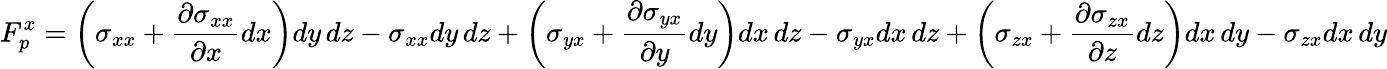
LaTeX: F_{p}^{x}=\left(\sigma_{xx}+{\frac{\partial\sigma_{xx}}{\partial x}}dx\right)dy\, dz-\sigma_{xx}dy\, dz+\left(\sigma_{yx}+{\frac{\partial\sigma_{yx}}{\partial y}}dy\right)dx\, dz-\sigma_{yx}dx\, dz+\left(\sigma_{zx}+{\frac{\partial\sigma_{zx}}{\partial z}}dz\right)dx\, dy-\sigma_{zx}dx\, dy